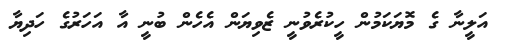
އަލީނާ ގެ މޮޔަކަމުން ހީކުރެވުނީ ޒެވިޔަން އެހެން ބުނީ އާ އަހަރުގެ ހަދިޔާ